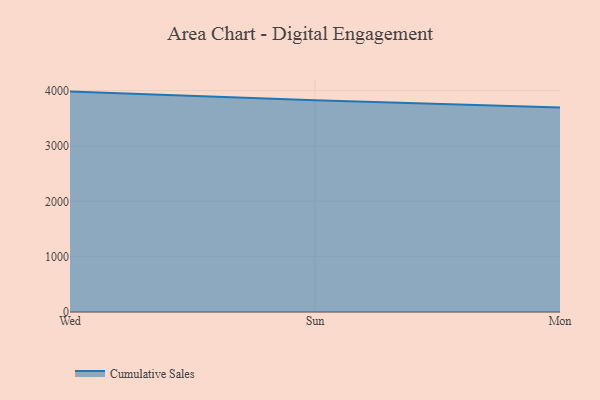
{"axis": {"x": "Day", "y": "Churn Rate (%)"}, "legend": ["Cumulative Sales"], "data": [{"x": "Wed", "y": 3982.1, "type": "Cumulative Sales"}, {"x": "Sun", "y": 3825.0, "type": "Cumulative Sales"}, {"x": "Mon", "y": 3696.0, "type": "Cumulative Sales"}]}